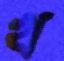
খ